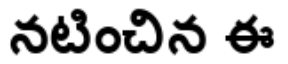
నటించిన ఈ